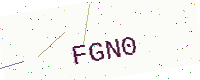
Text: FGN0